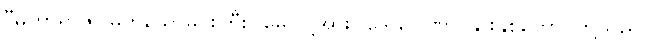
“မဟာရာဇ၊ မြတ်သောမင်းကြီး။ မေ၊ ငါ့အား။ ဒွေ ဂေါဏာ၊ နွားနှစ်ကောင်တို့သည်။